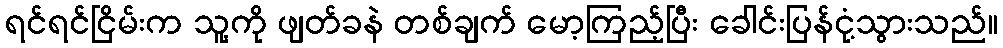
ရင်ရင်ငြိမ်းက သူ့ကို ဖျတ်ခနဲ တစ်ချက် မော့ကြည့်ပြီး ခေါင်းပြန်ငုံ့သွားသည်။